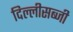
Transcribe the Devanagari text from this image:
दिल्लीसब्जी